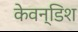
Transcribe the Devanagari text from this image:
केवन्डिश